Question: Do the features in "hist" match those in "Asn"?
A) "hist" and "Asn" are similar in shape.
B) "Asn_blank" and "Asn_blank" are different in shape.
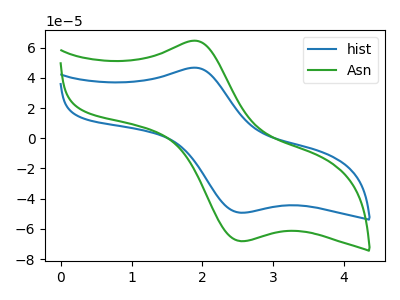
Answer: <think>The blue curve "hist" has an anodic peak at (1.85V, 46.75uA) and a cathodic peak at (2.55V, -49.30uA). The green curve "Asn" has an anodic peak at (1.85V, 64.60uA) and a cathodic peak at (2.55V, -68.10uA).
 All the peaks in "hist" have a peak in "Asn" at the same potential. Every peak in "hist" is lower than every peak in "Asn".</think>
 <answer>A) "hist" and "Asn" are similar in shape.</answer>
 <eval>A</eval>